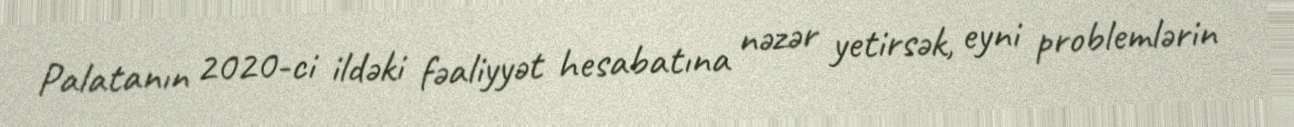
Palatanın 2020-ci ildəki fəaliyyət hesabatına nəzər yetirsək, eyni problemlərin